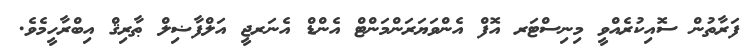
ފަރާތުން ސޮއިކުރެއްވީ މިނިސްޓަރ އޮފް އެންވަޔަރަންމަންޓް އެންޑް އެނަރޖީ އަލްފާޟިލް ޠާރިޤް އިބްރާހީމެވެ.